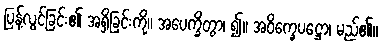
ပြန့်လွင့်ခြင်း၏ အရှိခြင်းကို။ အပေက္ခိတွာ၊ ၍။ အဝိက္ခေပဋ္ဌော၊ မည်၏။